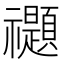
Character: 禵